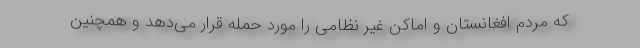
که مردم افغانستان و اماکن غیر نظامی را مورد حمله قرار می‌دهد و همچنین